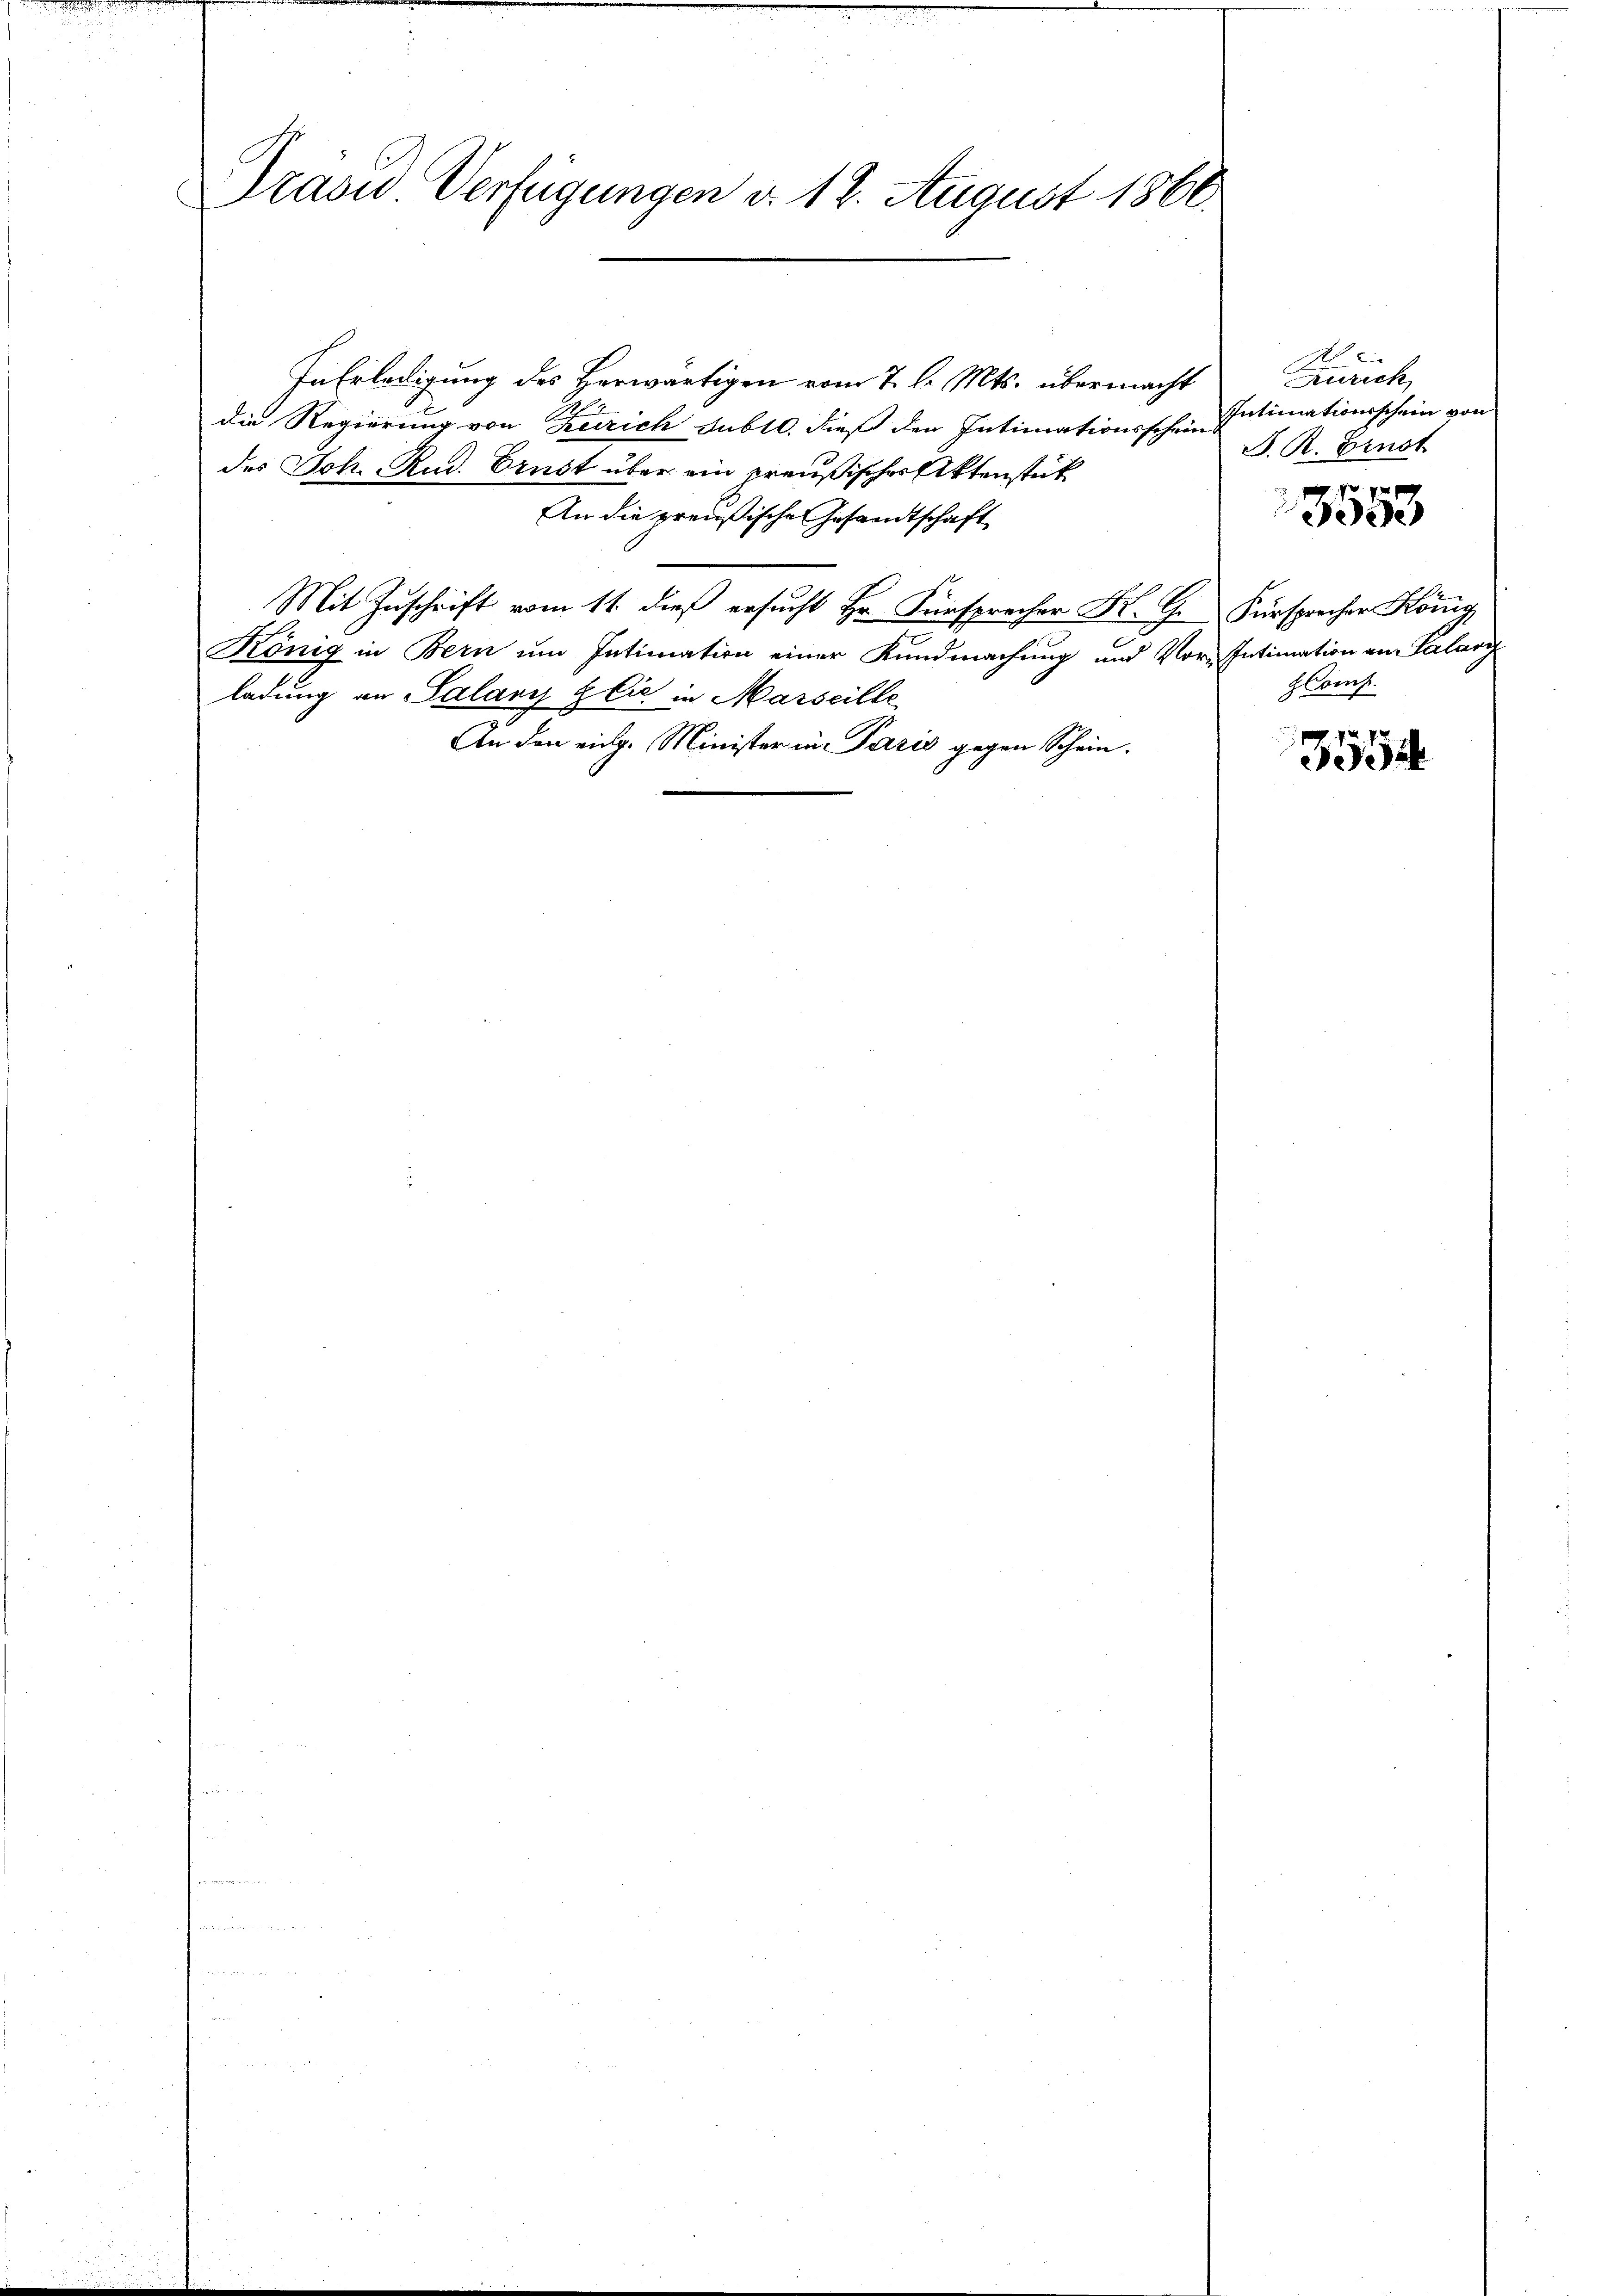
Präsid Verfügungen d. 12. August 1860.

In Erledigung des Herwärtigen vom 7. d. Mts. übermacht
die Regierung von Zeirich sub 10. dieß den Intimationsschein Intimationsschein
des Joh. Rud. Ernst über ein preußischer Aktenstück
An die preußische Gesandtschaft
Mit Zuschrift vom 11. dieß ersucht Hr. Fürsprecher K. G. Fürsprecher König
König in Bern um Intimation einer Kundmachung und Vor-Intimation von Salari
ladung an Salary Zlić in Marseille
An den eing. Minister in Paris gegen Schein¬

Zürich
J. R. Ernst
x

eede

zloms

3554